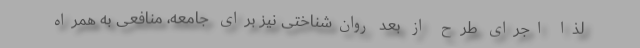
لذا اجرای طرح از بُعد روان‌شناختی نیز برای جامعه، منافعی به همراه